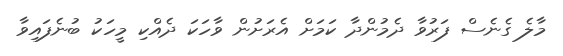
މާލެ ގެނެސް ފަރުވާ ދެމުންދާ ކަމަށް އެރަށުން ވާހަކަ ދެއްކި މީހަކު ބުނެފައިވާ